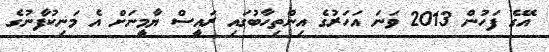
އޭގެ ފަހުން 2013 ވަނަ އަހަރުގެ އިންތިހާބުގައި ރައީސް ޔާމީނަށް އެ މަނިކުފާނުގެ